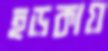
হড়কায়